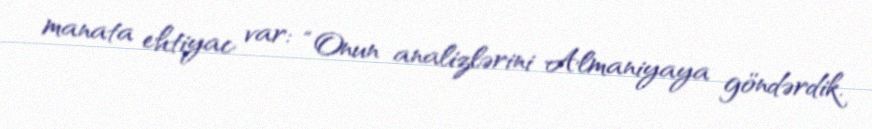
manata ehtiyac var: “Onun analizlərini Almaniyaya göndərdik.